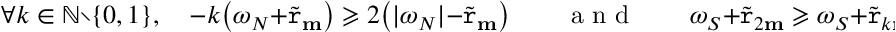
\forall k \in \mathbb { N } \setminus \{ 0 , 1 \} , \quad - k \big ( \omega _ { N } + \widetilde { \mathtt { r } } _ { \mathbf { m } } \big ) \geqslant 2 \big ( | \omega _ { N } | - \widetilde { \mathtt { r } } _ { \mathbf { m } } \big ) \qquad \textnormal { a n d } \qquad \omega _ { S } + \widetilde { \mathtt { r } } _ { 2 \mathbf { m } } \geqslant \omega _ { S } + \widetilde { \mathtt { r } } _ { k \mathbf { m } } .